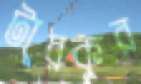
টারকুর